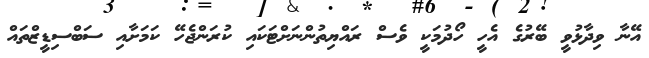
އޭނާ ވިދާޅުވީ ބޭރުގެ އެހީ ހޯދުމަކީ ވެސް ރައްޔިތުންނަށްޓަކައި ކުރަންޖެހޭ ކަމަށާއި ސަބްސިޑީޒްތައް